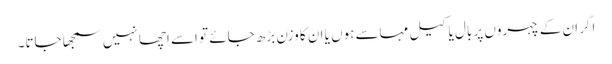
اگر ان کے چہروں پر بال یا کیل مہاسے ہوں یا ان کا وزن بڑھ جائے تو اسے اچھا نہیں سمجھا جاتا۔